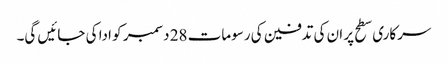
سرکاری سطح پر ان کی تدفین کی رسومات 28 دسمبر کو ادا کی جائیں گی۔